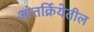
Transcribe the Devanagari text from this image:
आंतर्क्रियेतील